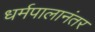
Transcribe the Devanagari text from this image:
धर्मपालानंतर